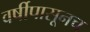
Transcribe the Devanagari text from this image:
वर्षीपासूनच